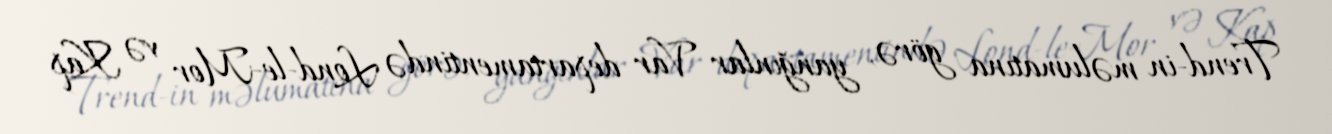
Trend-in məlumatına görə, yanğınlar Var departamentində Lond-le-Mor və Kap